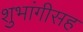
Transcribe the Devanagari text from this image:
शुभांगीसह